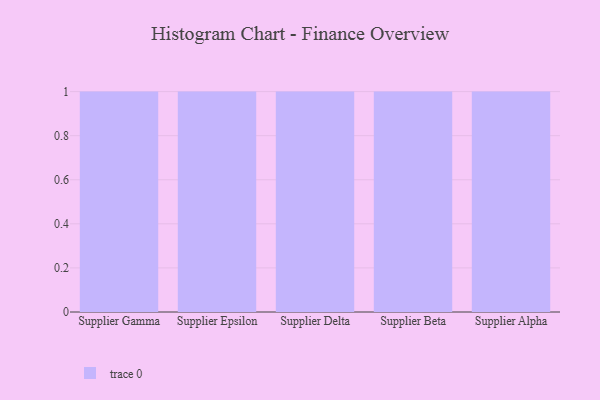
{"axis": {"x": "Supplier", "y": "Backlog"}, "legend": [""], "data": [{"x": "Supplier Gamma", "y": 39, "type": ""}, {"x": "Supplier Epsilon", "y": 96, "type": ""}, {"x": "Supplier Delta", "y": 96, "type": ""}, {"x": "Supplier Beta", "y": 92, "type": ""}, {"x": "Supplier Alpha", "y": 82, "type": ""}]}